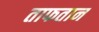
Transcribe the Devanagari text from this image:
ताफतान